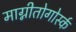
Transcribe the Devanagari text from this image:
माग्नीतोगोर्स्क